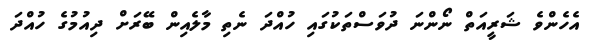
އެހެންވެ ޝަރީއަތް ނޯންނަ ދުވަސްތަކުގައި ހުއްދަ ނެތި މާލެއިން ބޭރަށް ދިއުމުގެ ހުއްދަ